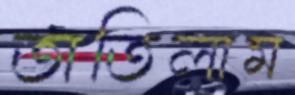
তাতিলাম